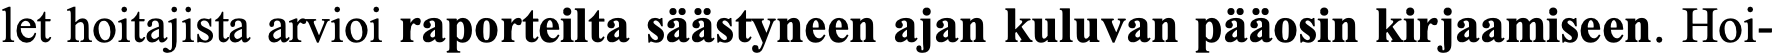
let hoitajista arvioi raporteilta säästyneen ajan kuluvan pääosin kirjaamiseen. Hoi-